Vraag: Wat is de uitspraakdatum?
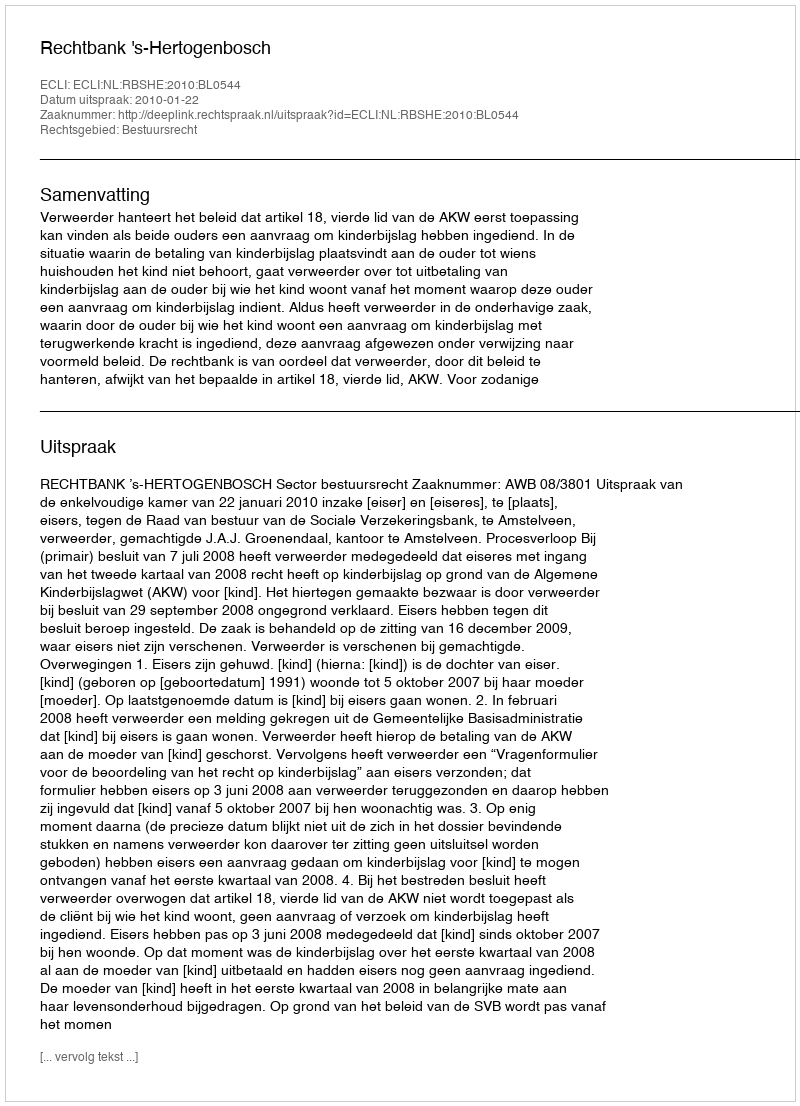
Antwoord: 2010-01-22